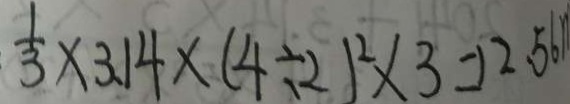
\frac { 1 } { 3 } \times 3 . 1 4 \times ( 4 \div 2 ) ^ { 2 } \times 3 = 1 2 . 5 6